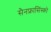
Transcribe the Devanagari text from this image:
सैनफ्रासिंस्को